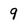
Character: 9